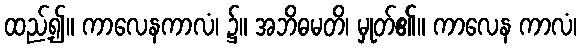
ထည့်၍။ ကာလေနကာလံ၊ ၌။ အဘိဓမတိ၊ မှုတ်၏။ ကာလေန ကာလံ၊